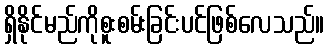
ရှိနိုင်မည်ကိုစူးစမ်းခြင်းပင်ဖြစ်လေသည်။